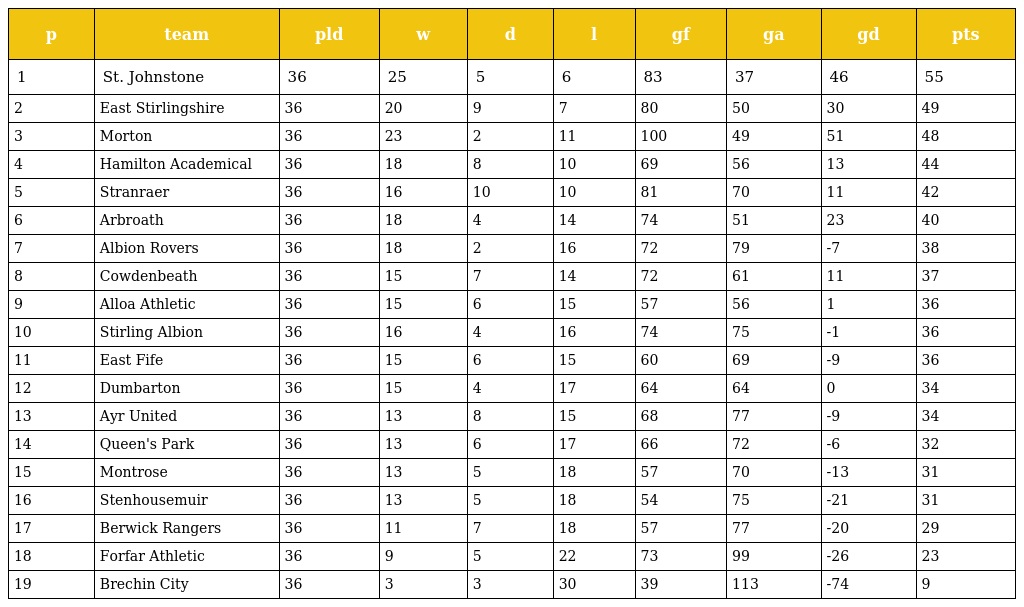
| p | team | pld | w | d | l | gf | ga | gd | pts |
 | --- | --- | --- | --- | --- | --- | --- | --- | --- | --- |
 | 1 | St. Johnstone | 36 | 25 | 5 | 6 | 83 | 37 | 46 | 55 |
 | 2 | East Stirlingshire | 36 | 20 | 9 | 7 | 80 | 50 | 30 | 49 |
 | 3 | Morton | 36 | 23 | 2 | 11 | 100 | 49 | 51 | 48 |
 | 4 | Hamilton Academical | 36 | 18 | 8 | 10 | 69 | 56 | 13 | 44 |
 | 5 | Stranraer | 36 | 16 | 10 | 10 | 81 | 70 | 11 | 42 |
 | 6 | Arbroath | 36 | 18 | 4 | 14 | 74 | 51 | 23 | 40 |
 | 7 | Albion Rovers | 36 | 18 | 2 | 16 | 72 | 79 | -7 | 38 |
 | 8 | Cowdenbeath | 36 | 15 | 7 | 14 | 72 | 61 | 11 | 37 |
 | 9 | Alloa Athletic | 36 | 15 | 6 | 15 | 57 | 56 | 1 | 36 |
 | 10 | Stirling Albion | 36 | 16 | 4 | 16 | 74 | 75 | -1 | 36 |
 | 11 | East Fife | 36 | 15 | 6 | 15 | 60 | 69 | -9 | 36 |
 | 12 | Dumbarton | 36 | 15 | 4 | 17 | 64 | 64 | 0 | 34 |
 | 13 | Ayr United | 36 | 13 | 8 | 15 | 68 | 77 | -9 | 34 |
 | 14 | Queen's Park | 36 | 13 | 6 | 17 | 66 | 72 | -6 | 32 |
 | 15 | Montrose | 36 | 13 | 5 | 18 | 57 | 70 | -13 | 31 |
 | 16 | Stenhousemuir | 36 | 13 | 5 | 18 | 54 | 75 | -21 | 31 |
 | 17 | Berwick Rangers | 36 | 11 | 7 | 18 | 57 | 77 | -20 | 29 |
 | 18 | Forfar Athletic | 36 | 9 | 5 | 22 | 73 | 99 | -26 | 23 |
 | 19 | Brechin City | 36 | 3 | 3 | 30 | 39 | 113 | -74 | 9 |